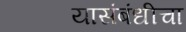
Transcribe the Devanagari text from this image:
यासंबंधीचा